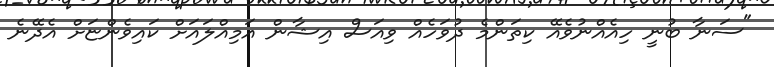
"ސަނާ ބުނީ ހިއެއްނުވެއޭ ކިތަންމެ ދުވަހެއް ވިއަސް އިޝާން އަމިއްލައަށް ކައިވެންޏަށް އެދޭނެ